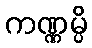
ကဏ္ဏမ္ပိ